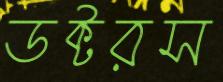
ডক্টরস